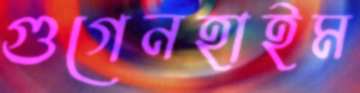
গুগেনহাইম